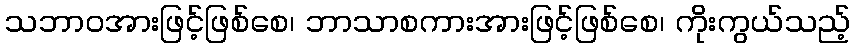
သဘာဝအားဖြင့်ဖြစ်စေ၊ ဘာသာစကားအားဖြင့်ဖြစ်စေ၊ ကိုးကွယ်သည့်